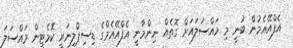
އެފްއޭއެމުން ބުނީ މި މައްސަލައަށް ގޮތެއް ނިންމާނީ އެފްއޭއެމްގެ ޑިސިޕްލިނަރީ ކޮމެޓީން މައްސަލަ